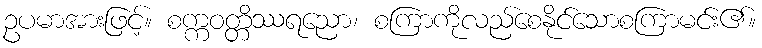
ဥပမာအားဖြင့်။ စက္ကဝတ္တိဿရညော၊ စကြာကိုလည်စေနိုင်သောစကြာမင်း၏။